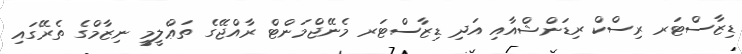
ޑިޒާސްޓަރ ރިސްކް ރިޑަންޝްއާއި އަދި ޑިޒާސްޓަރ މެނޭޖްމަންޓް ރާއްޖޭގެ ތަޢްލީމީ ނިޒާމްގެ ތެރޭގައި